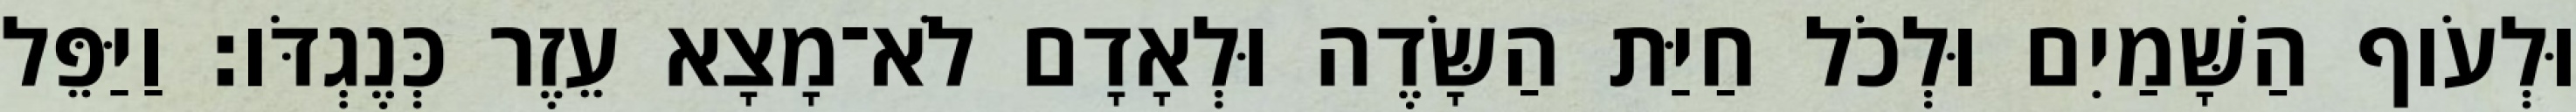
וּלְעֹוף הַשָּׁמַיִם וּלְכֹל חַיַּת הַשָּׂדֶה וּלְאָדָם לֹא־מָצָא עֵזֶר כְּנֶגְדֹּו׃ וַיַּפֵּל